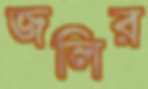
জলির